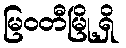
မြဝတီမြို့ရှိ